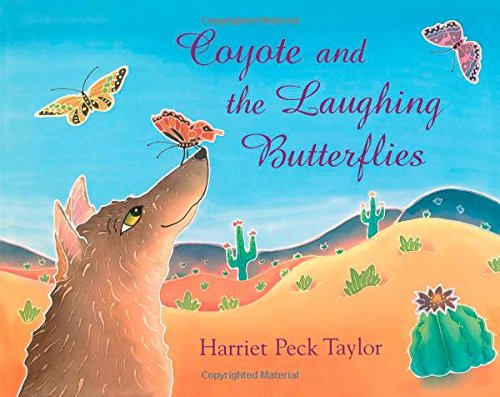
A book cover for Coyote and the Laughing Butterflies; Harriet Peck Taylor; Children's Books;